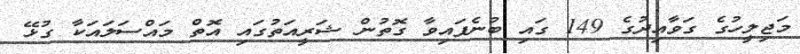
މަޖިލީހުގެ ގަވާއިދުގެ 149 ގައި ބުނެފައިވާ ގޮތުން ޝަރީއަތުގައި އޮތް މައްސަލައަކާ ގުޅޭ